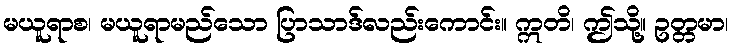
မယူရာစ၊ မယူရာမည်သော ပြာသာဒ်လည်းကောင်း။ ဣတိ၊ ဤသို့။ ဥတ္တမာ၊